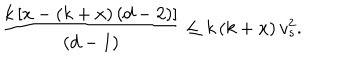
LaTeX: \frac { k \, [ x - ( k + x ) \, ( d - 2 ) ] } { ( d - 1 ) } \leq k \, ( k + x ) \, v _ { s } ^ { 2 } .